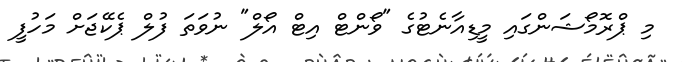
މި ޕްރޮމޯޝަންގައި މީޑިއާނެޓުގެ "ވޯންޓް އިޓް އޯލް" ނުވަތަ ފުލް ޕެކޭޖަށް މަހުފީ